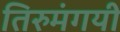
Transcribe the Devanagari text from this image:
तिरुमंगयी